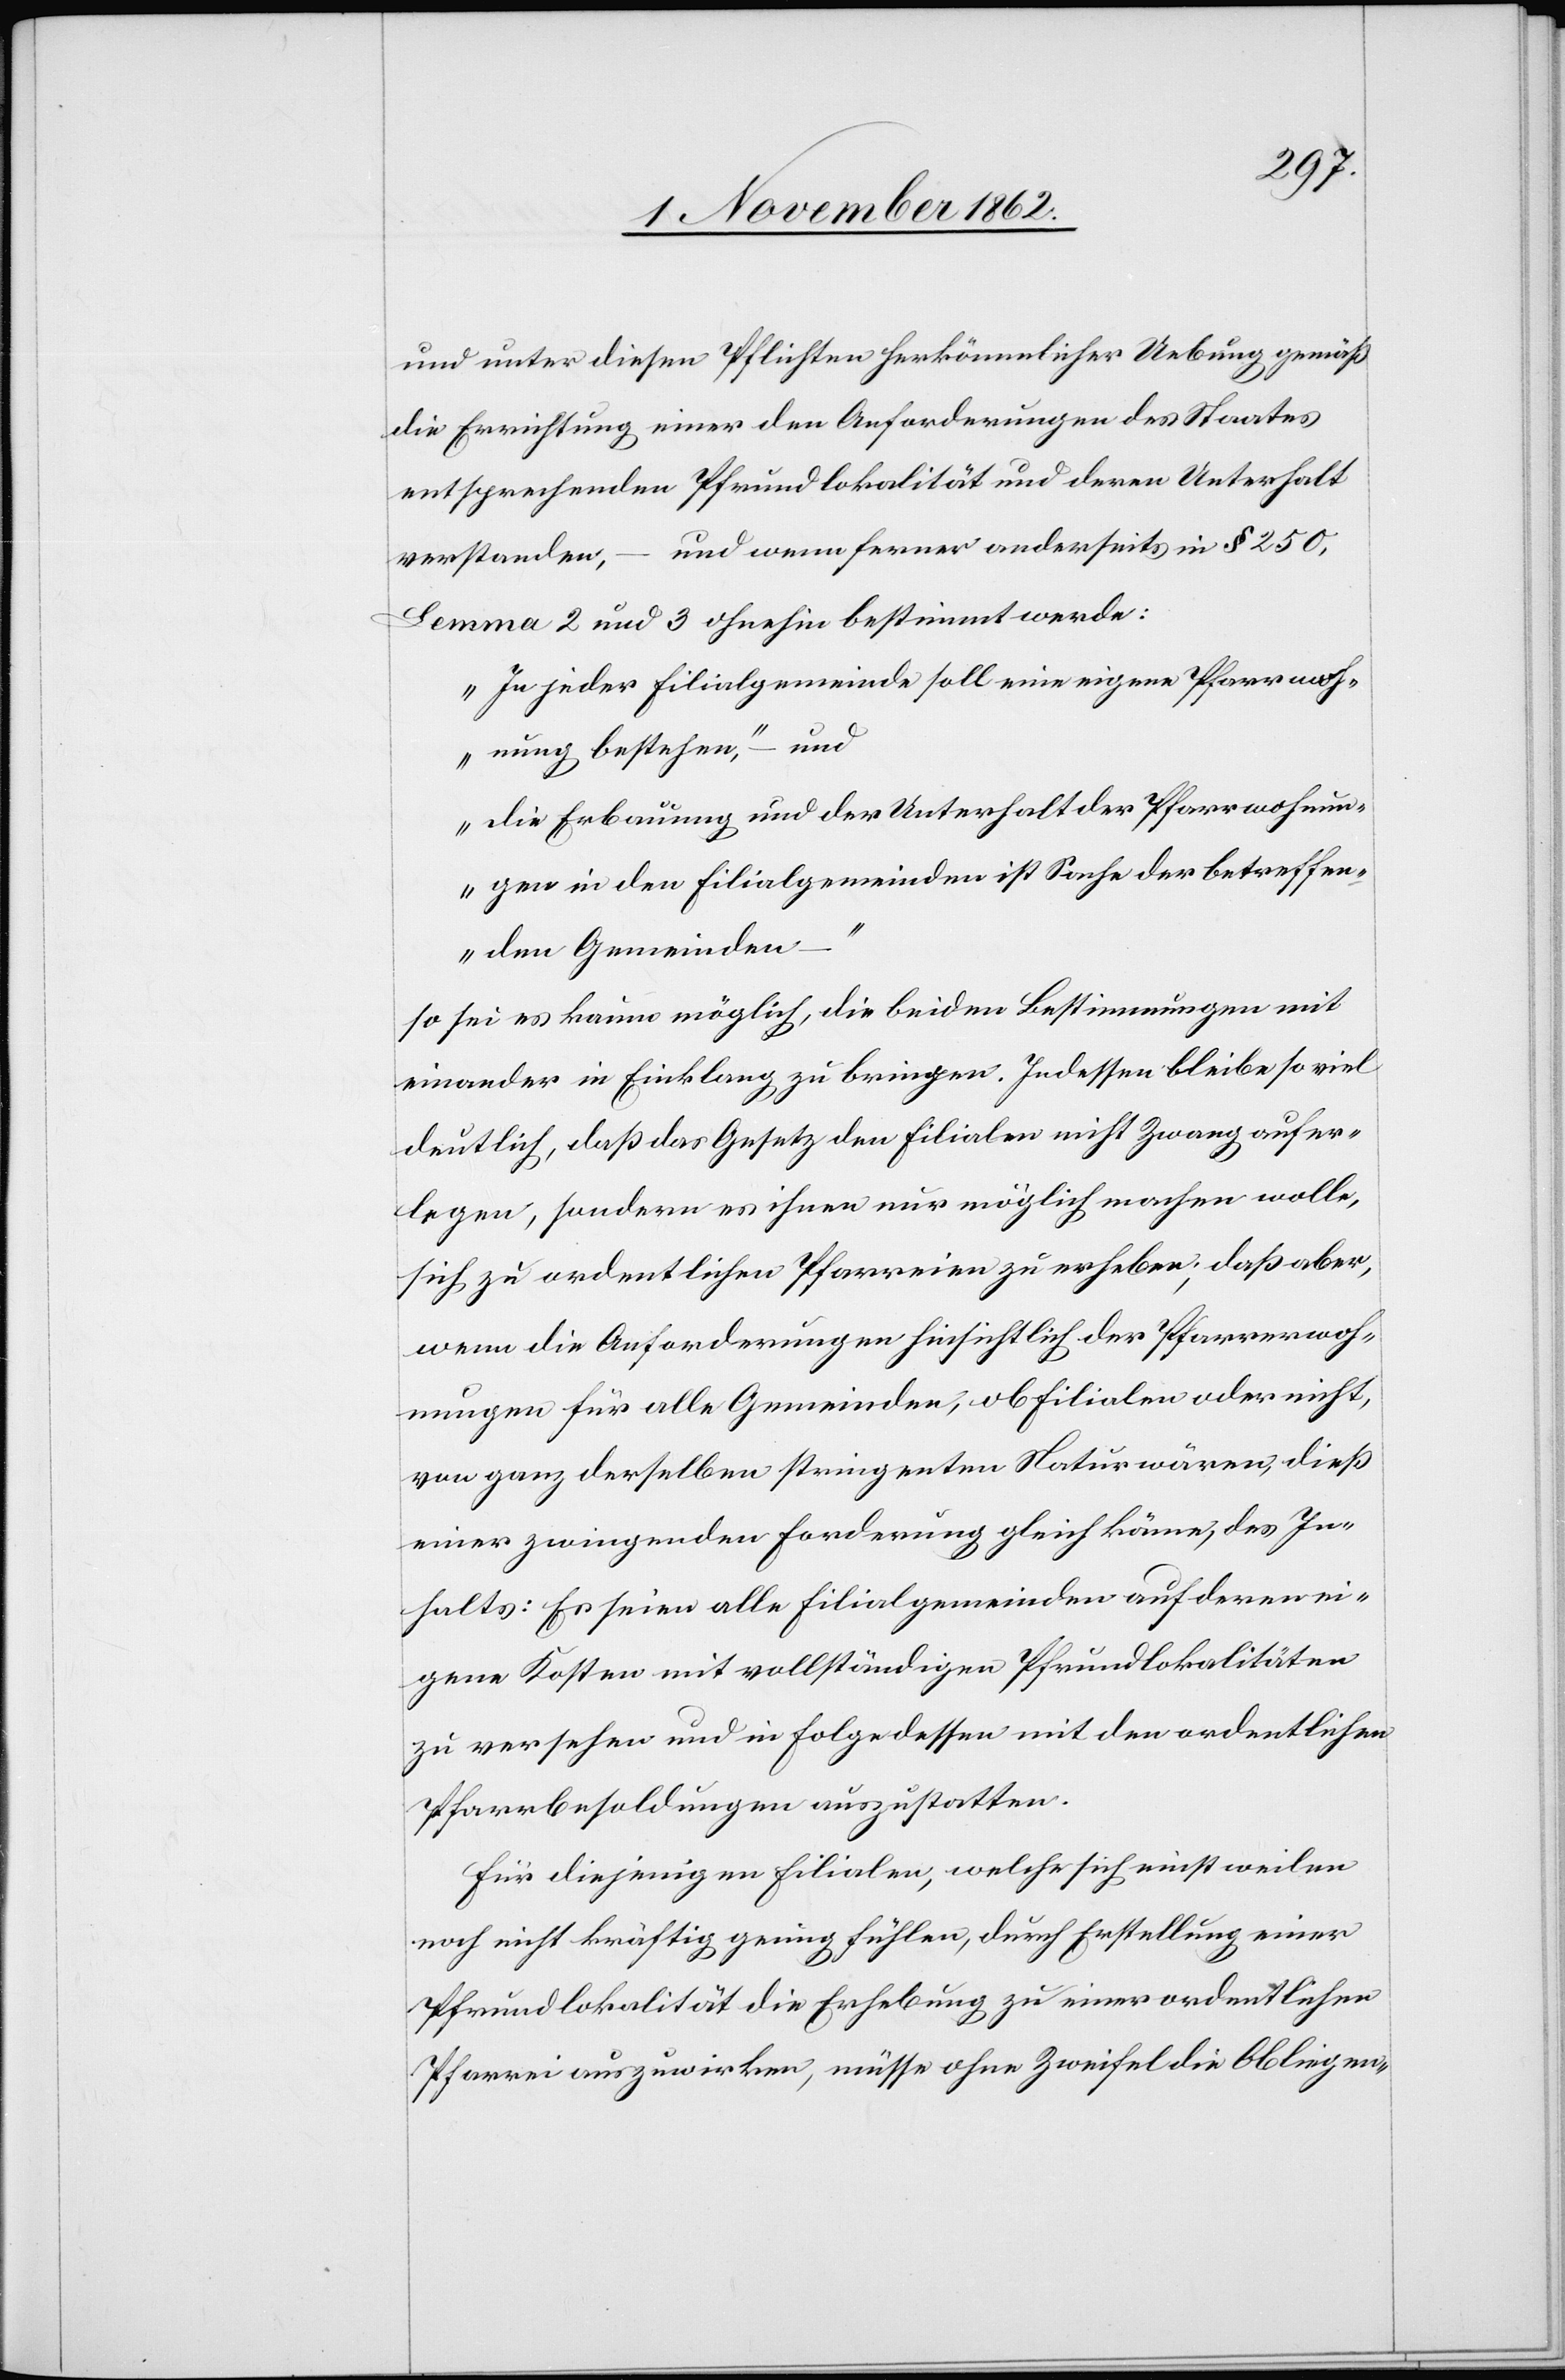
und unter diesen Pflichten herkömmlicher Uebung gemäß
die Errichtung einer den Anforderungen des Staates
entsprechenden Pfundlokalität und deren Unterhalt
verstanden, – und wenn ferner anderseits in § 250,
Lemma 2 und 3 ohnehin bestimmt werde:
„In jeder Filialgemeinde soll eine eigene Pfarrwoh¬
nung bestehen,“ – und
„die Erbauung und der Unterhalt der Pfarrwohnun¬
gen in der Filialgemeinden ist Sache der betreffen¬
den Gemeinden–„
so sei es kaum möglich, die beiden Bestimmungen mit
einander in Einklang zu bringen. Indessen bleibe so viel
deutlich, daß das Gesetz den Filialen nicht Zwang aufer¬
legen, sondern es ihnen nur möglich machen wolle,
sich zu ordentlichen Pfarreien zu erheben, daß aber,
wenn die Anforderungen hinsichtlich der Pfarrwoh¬
nungen für alle Gemeinden, ob Filialen oder nicht,
von ganz derselben strigenten Natur wären, dieß
einer zwingenden Forderung gleich käme, des In¬
halts: Es seien alle Filialgemeinden auf deren ei¬
gene Kosten mit vollständiger Pfrundlokalitäten
zu versehen und in Folge dessen mit den ordentlichen
Pfarrbesoldungen auszustatten.
Für diejenigen Filialen, welche sich einstweilen
noch nicht kräftig genug fühlen, durch Erstellung einer
Pfrundlokalität die Erhebung zu einer ordentlichen
Pfarrei auszuwirken, müsse ohne Zweifel die Obliegen-